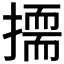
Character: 𭢛